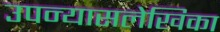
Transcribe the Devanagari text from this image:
उपन्यासलेखिका